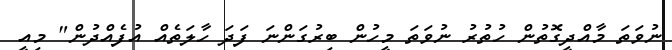
ނުވަތަ މާއްދީގޮތުން ހުތުރު ނުވަތަ މީހުން ބިރުގަންނަ ފަދަ ހާލަތެއް އުފެއްދުން" މިއީ